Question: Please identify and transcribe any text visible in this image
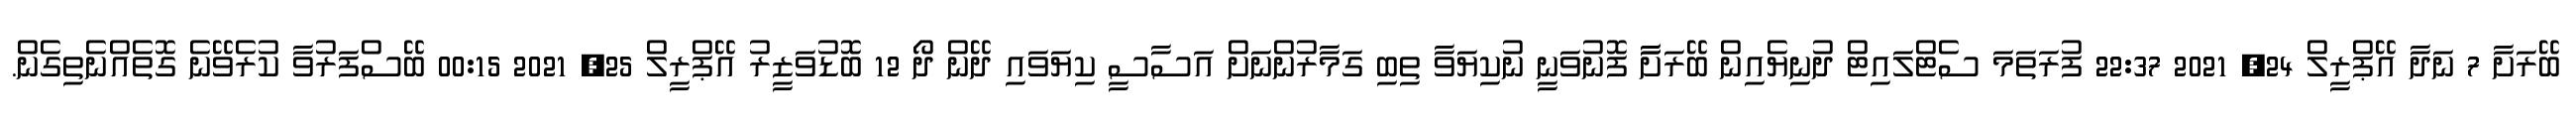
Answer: ބޭރަށާ 7 ނަދާ އޭޕްރީލް 24, 2021 22:37 ފުރަތަމަ ސެޓްލައިޓް ދުނިޔެއިން ބޭރަށާާ ފޮނުވަނީ ނުކިޔަވާ ތިބި ގަމާރުންނަށް އަސާސީ ކިޔަވައި ދޭން ދޯ 12 ބޮޑުވަޒީރު އޭޕްރީލް 25, 2021 00:15 ބޭސްފަރުވާ ކުރެވޭނެ ގޮތެއްނެތިގެން.